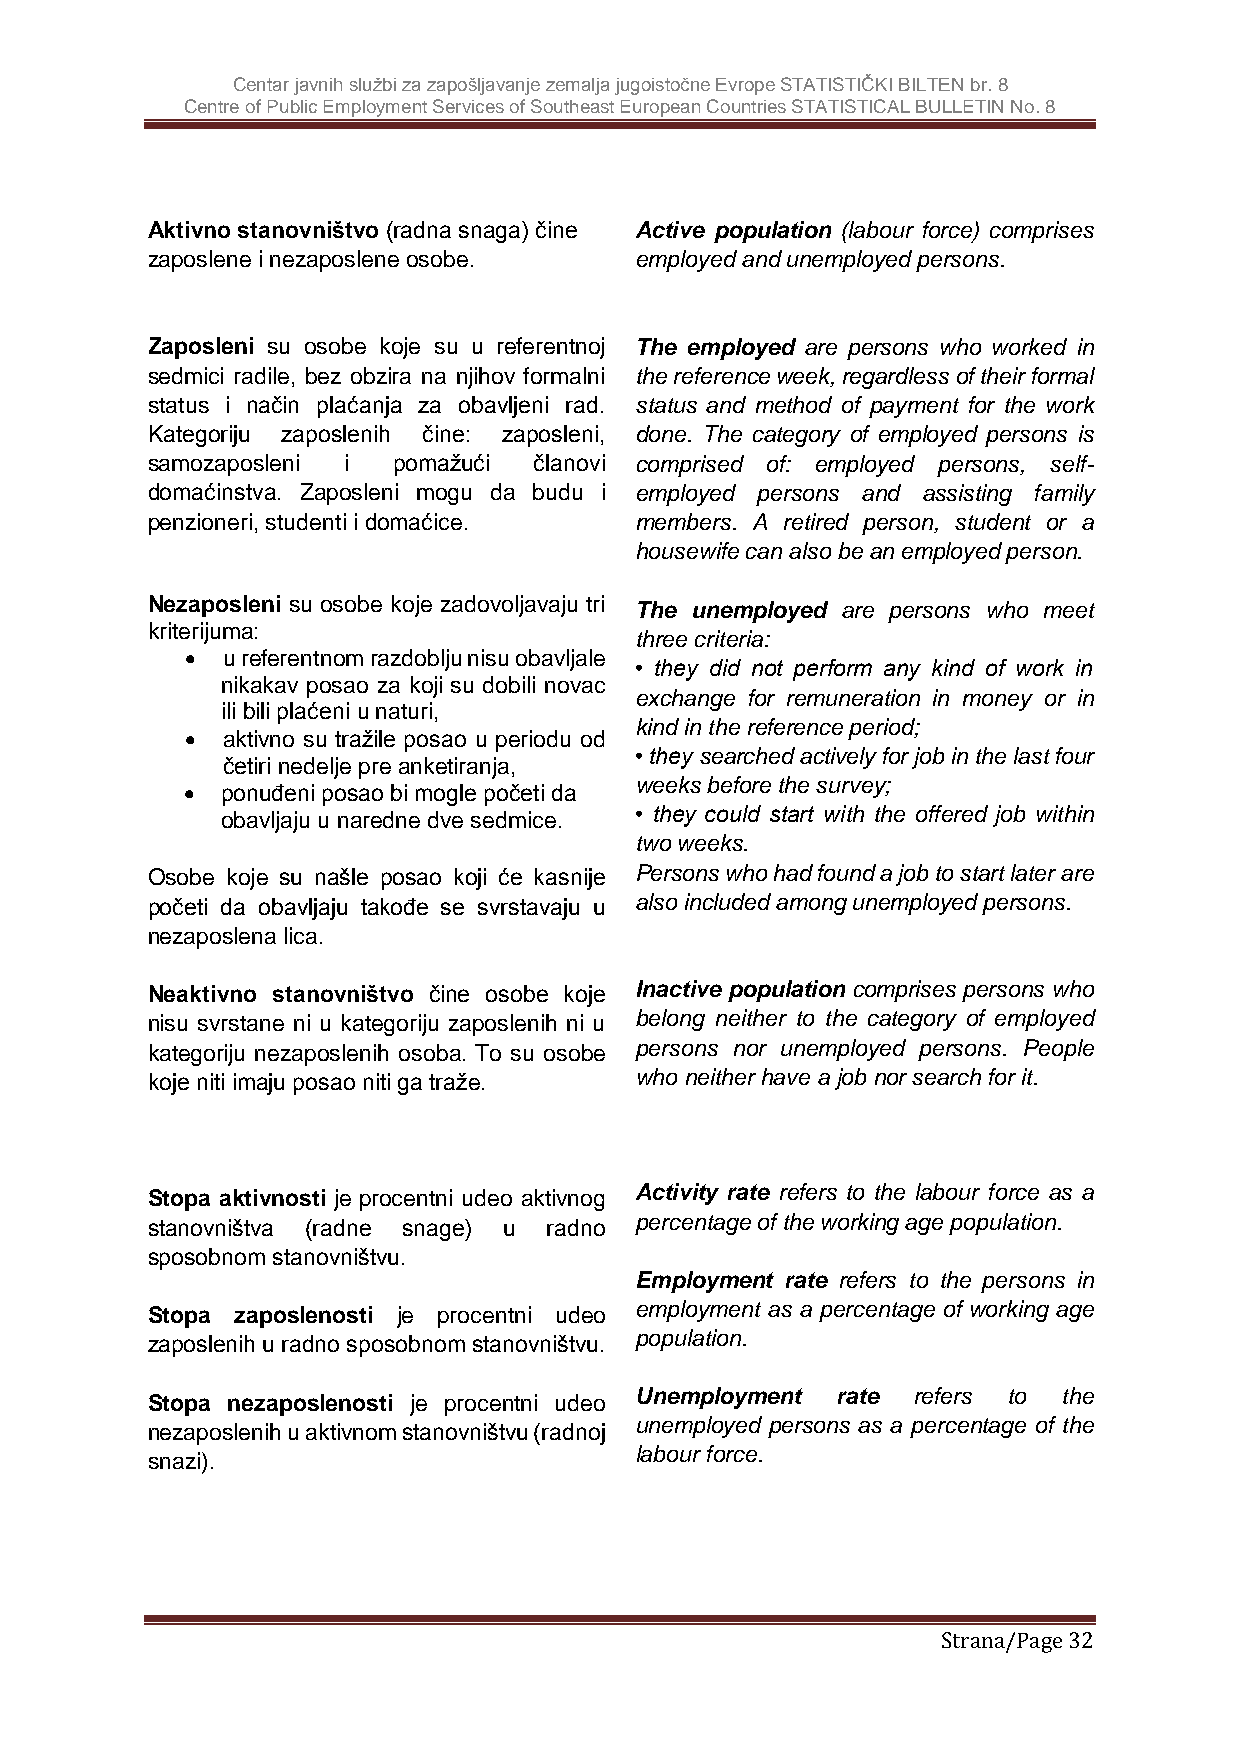
Centar javnih službi za zapošljavanje zemalja jugoistočne Evrope STATISTIČKI BILTEN br. 8
 Centre of Public Employment Services of Southeast European Countries STATISTICAL BULLETIN No. 8
 Aktivno stanovništvo (radna snaga) čine Active population (labour force) comprises
 zaposlene i nezaposlene osobe.  employed and unemployed persons.
 Zaposleni su osobe koje su u referentnoj The employed are persons who worked in
 sedmici radile, bez obzira na njihov formalni the reference week, regardless of their formal
 status i način plaćanja za obavljeni rad. status and method of payment for the work
 Kategoriju zaposlenih čine: zaposleni, done. The category of employed persons is
 samozaposleni i pomažući članovi comprised of: employed persons, self-
 domaćinstva. Zaposleni mogu da budu i employed persons and assisting family
 penzioneri, studenti i domaćice. members. A retired person, student or a
 housewife can also be an employed person.
 Nezaposleni su osobe koje zadovoljavaju tri The unemployed are persons who meet
 kriterijuma:
 three criteria:
   u referentnom razdoblju nisu obavljale
 • they did not perform any kind of work in
 nikakav posao za koji su dobili novac
 exchange for remuneration in money or in
 ili bili plaćeni u naturi,
 kind in the reference period;
   aktivno su tražile posao u periodu od
 • they searched actively for job in the last four
 četiri nedelje pre anketiranja,
 weeks before the survey;
   ponuđeni posao bi mogle početi da
 obavljaju u naredne dve sedmice. • they could start with the offered job within
 two weeks.
 Osobe koje su našle posao koji će kasnije Persons who had found a job to start later are
 početi da obavljaju takođe se svrstavaju u also included among unemployed persons.
 nezaposlena lica.
 Neaktivno stanovništvo čine osobe koje Inactive population comprises persons who
 nisu svrstane ni u kategoriju zaposlenih ni u belong neither to the category of employed
 kategoriju nezaposlenih osoba. To su osobe persons nor unemployed persons. People
 koje niti imaju posao niti ga traže. who neither have a job nor search for it.
 Stopa aktivnosti je procentni udeo aktivnog Activity rate refers to the labour force as a
 stanovništva (radne snage) u radno percentage of the working age population.
 sposobnom stanovništvu.
 Employment rate refers to the persons in
 employment as a percentage of working age
 Stopa zaposlenosti je procentni udeo
 population.
 zaposlenih u radno sposobnom stanovništvu.
 Unemployment rate refers to the
 Stopa nezaposlenosti je procentni udeo
 unemployed persons as a percentage of the
 nezaposlenih u aktivnom stanovništvu (radnoj
 labour force.
 snazi).
 Strana/Page 32